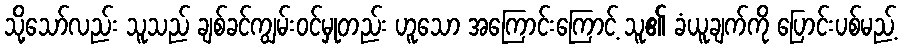
သို့သော်လည်း သူသည် ချစ်ခင်ကျွမ်းဝင်မှုတည်း ဟူသော အကြောင်းကြောင့် သူ၏ ခံယူချက်ကို ပြောင်းပစ်မည့်